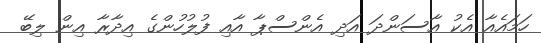
ހަމައެއާ އެކު އާސަންދަ އަދި އެންސްޕާ އާއި ފުލުހުންގެ އިދާރާ އިން ލިބޭ